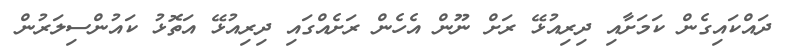
ދައްކައިގެން ކަމަށާއި ދިރިއުޅޭ ރަށް ނޫން އެހެން ރަށެއްގައި ދިރިއުޅޭ އަތޮޅު ކައުންސިލަރުން